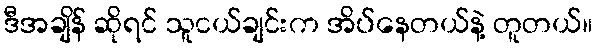
ဒီအချိန် ဆိုရင် သူငယ်ချင်းက အိပ်နေတယ်နဲ့ တူတယ်။